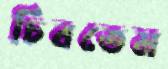
চিবতেম